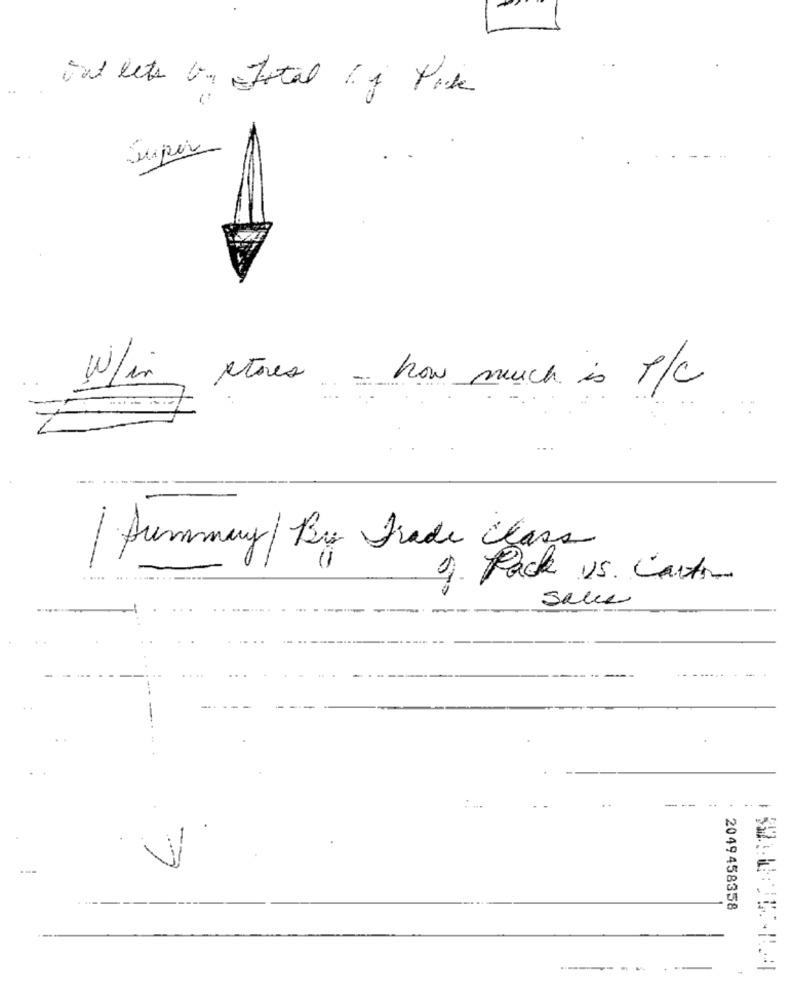
End lets by Total Lo Pok
W/in
stores
how much is P/C
Summary By Trade Class
.... ... ............
9. Pack vs. Carton
Sale
---
2049458358
-------